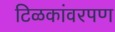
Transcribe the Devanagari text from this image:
टिळकांवरपण